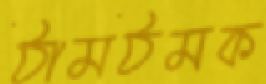
ঠামঠমক